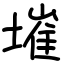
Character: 墔